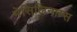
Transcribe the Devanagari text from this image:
मेसिलिनाम्स